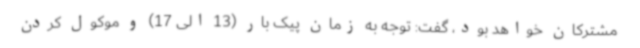
مشترکان خواهد بود، گفت: توجه به زمان پیک بار (13 الی 17) و موکول کردن